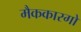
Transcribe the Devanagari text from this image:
मैककारगो